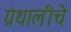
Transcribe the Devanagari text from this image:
ग्रंथालीचे